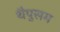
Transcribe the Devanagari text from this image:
थैपुसम